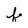
Character: f